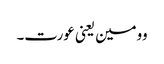
وومین یعنی عورت۔